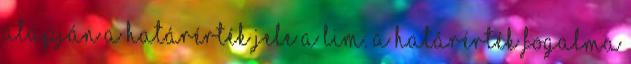
alapján a határérték jele a lim. A határérték fogalma